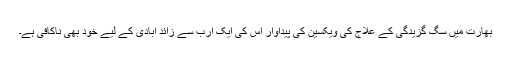
بھارت میں سگ گزیدگی کے علاج کی ویکسین کی پیداوار اس کی ایک ارب سے زائد آبادی کے لیے خود بھی ناکافی ہے۔